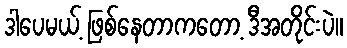
ဒါပေမယ့် ဖြစ်နေတာကတော့ ဒီအတိုင်းပဲ။